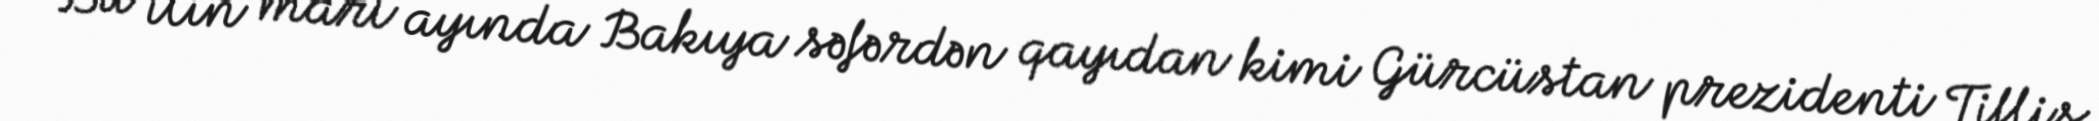
Bu ilin mart ayında Bakıya səfərdən qayıdan kimi Gürcüstan prezidenti Tiflis